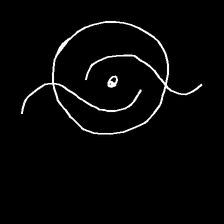
Glyph: repetition